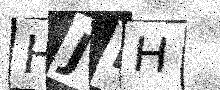
Text: HJLH